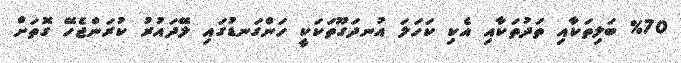
%70 ބަލިތަކާއި ތަދުތަކާއި އެކި ކަހަލަ އުނދަގޫތަކަކީ ހަންގަނޑުގައި ލޭދައުރު ކުރަންޖެހޭ ގޮތަށް